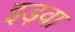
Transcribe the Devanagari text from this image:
इड़वा